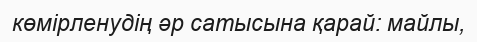
көмірленудің әр сатысына қарай: майлы,